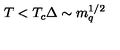
T < T _ { c } \Delta \sim m _ { q } ^ { 1 / 2 }